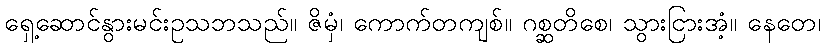
ရှေ့ဆောင်နွားမင်းဥသဘသည်။ ဇိမှံ၊ ကောက်တကျစ်။ ဂစ္ဆတိစေ၊ သွားငြားအံ့။ နေတေ၊